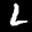
Label: 2